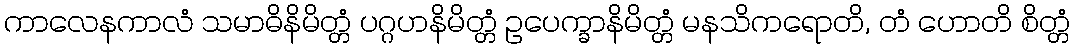
ကာလေနကာလံ သမာဓိနိမိတ္တံ ပဂ္ဂဟနိမိတ္တံ ဥပေက္ခာနိမိတ္တံ မနသိကရောတိ, တံ ဟောတိ စိတ္တံ